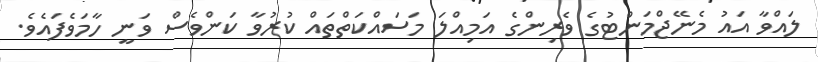
ލައްވާ އައު މެނޭޖްމަންޓުގެ ވެރިންގެ އަމިއްލަ މަސައްކަތްތައް ކުރުވާ ކަންވެސް ވަނީ ހާމަވެފައެވެ.